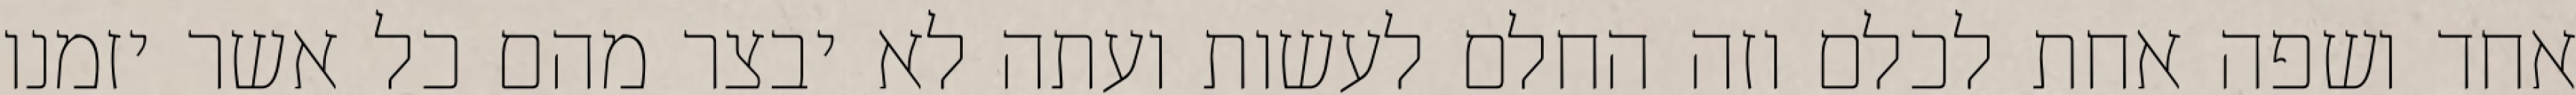
אחד ושפה אחת לכלם וזה החלם לעשות ועתה לא יבצר מהם כל אשר יזמנו